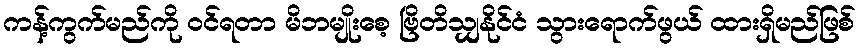
ကန့်ကွက်မည်ကို ဝင်ရတာ မိဘမျိုးစေ့ ဗြိတိသျှနိုင်ငံ သွားရောက်ဖွယ် ထားရှိမည်ဖြစ်